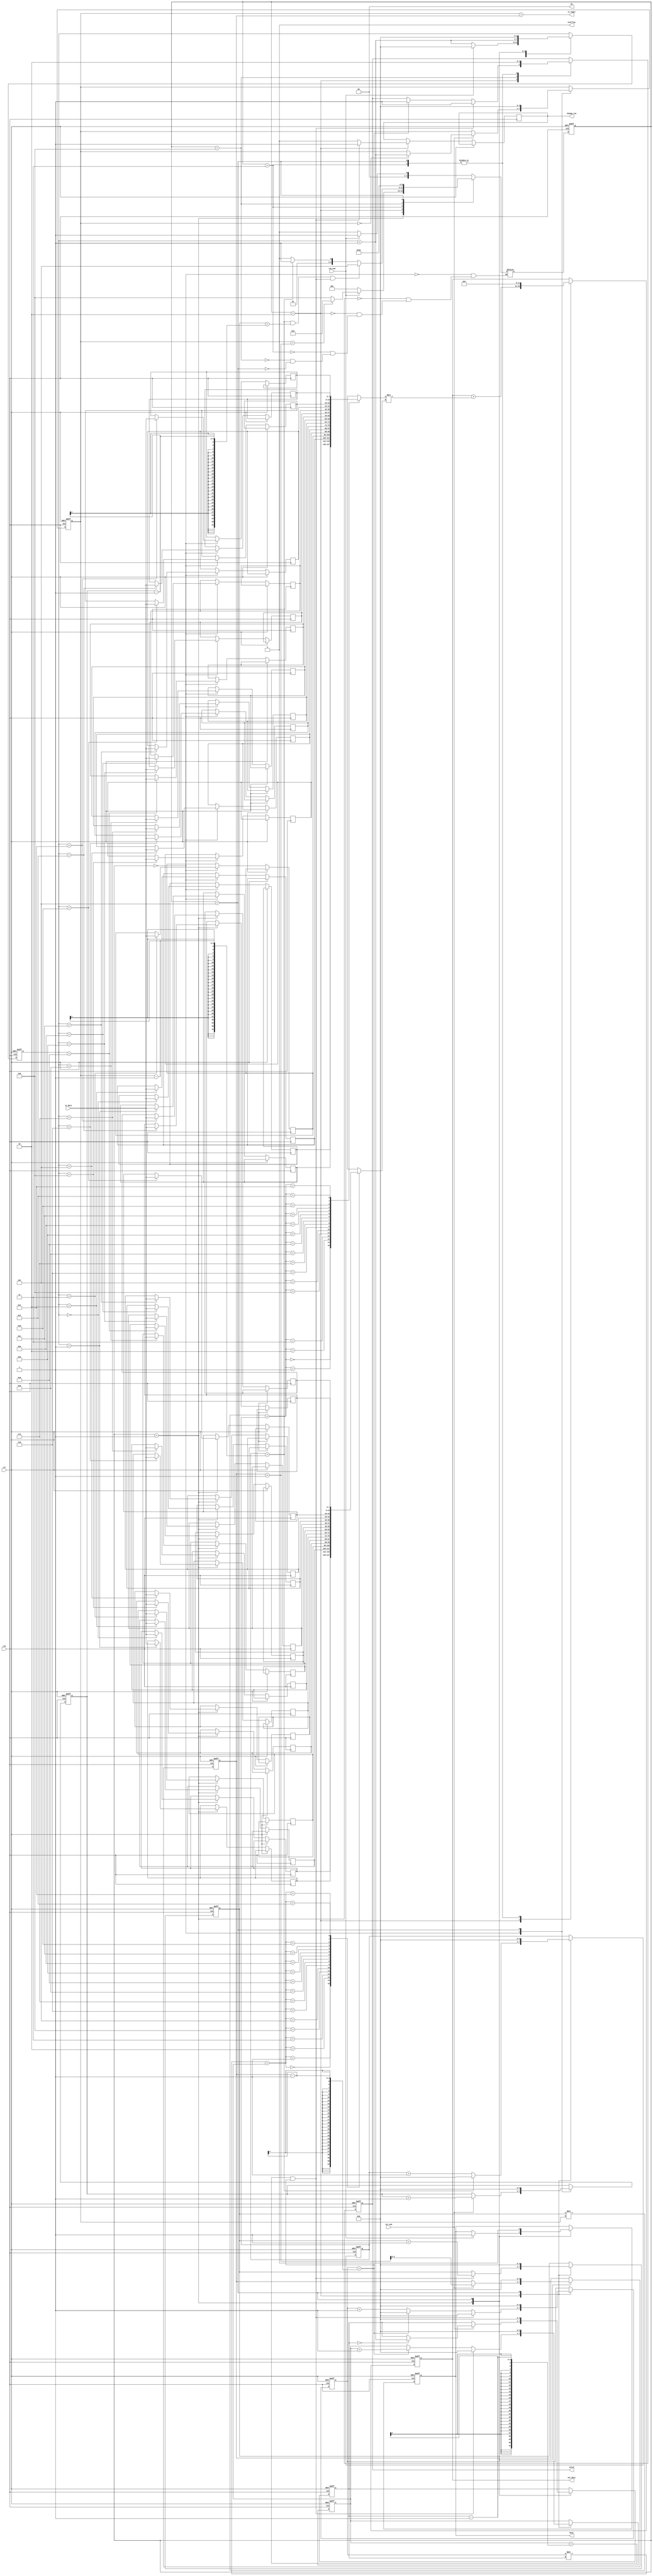
`timescale 1ns/10ps
module MM( in_data, col_end, row_end, is_legal, out_data, rst, clk , change_row,valid,busy,ep,overflow);
input           clk;
input           rst;
input           col_end;
input           row_end;
input      [7:0]     in_data;
output reg signed [11:0]   out_data;
output is_legal;
output reg change_row,valid,busy;
output wire [1:0] ep;
output wire overflow;
reg signed [7:0] mx1[15:0],mx2[15:0];
reg [3:0] mx1_row,mx2_row,mx1_col,mx2_col,cnt,mx1_col_cnt,mx1_row_cnt,mx2_col_cnt,mx2_row_cnt;
reg [2:0] cur,nxt;
assign is_legal = (mx1_col == mx2_row);
assign ep = 2'b0;
assign overflow = 1'b0;
wire signed [15:0] temp_sum = mx1[mx1_row_cnt * mx1_col + mx1_col_cnt] * mx2[mx2_row_cnt * mx2_col + mx2_col_cnt];
parameter 
load_mx1 = 0,
load_mx2 = 1,
calculate = 2,
hold = 3,
not_legal = 4,
finish = 5;
always @(*) begin
    case(cur)
        load_mx1:nxt = (row_end)?load_mx2:load_mx1;
        load_mx2:nxt = (row_end)?(mx1_col == mx2_row + 1)?calculate:not_legal:load_mx2;
        calculate:nxt = ((mx1_col_cnt == mx1_col-1 && mx1_row_cnt == mx1_row-1) &&(mx2_col_cnt == mx2_col-1 && mx2_row_cnt == mx2_row-1))?finish:(mx1_col_cnt == mx1_col - 1)?hold:calculate;
        hold:nxt = calculate;
        not_legal:nxt = finish;
        finish:nxt = load_mx1;
    endcase
end
always @(posedge clk or posedge rst) begin
    if(rst)begin
        cur <= load_mx1;
        mx1_row <= 0;
        mx2_row <= 0;
        mx1_col <= 0;
        mx2_col <= 0;
        cnt <= 0;
        mx1_row_cnt <= 0;
        mx1_col_cnt <= 0;
        mx2_row_cnt <= 0;
        mx2_col_cnt <= 0;
        out_data <= 0;
        valid <= 0;
        busy <= 0;
    end
    else begin
        cur <= nxt;
        case (cur)
            load_mx1:begin
                cnt <= cnt + 1;
                mx1[cnt] <= in_data;
                if(col_end)begin
                    if(mx1_col == 0)mx1_col <= cnt + 1;
                    mx1_row <= mx1_row + 1;
                end
                if(row_end)cnt <= 0;
            end
            load_mx2:begin
                cnt <= cnt + 1;
                mx2[cnt] <= in_data;
                if(col_end)begin
                    if(mx2_col == 0)mx2_col <= cnt + 1;
                    mx2_row <= mx2_row + 1;
                end
                if(row_end)busy <= 1;
            end 
            calculate:begin
                out_data <= out_data + temp_sum;
                if(mx2_col_cnt == mx2_col-1 && mx2_row_cnt == mx2_row-1)change_row <= 1;
                else change_row <= 0;

                if(mx2_row_cnt == mx2_row -1 && mx2_col_cnt == mx2_col -1)begin //mx1 row calculate finish
                    mx2_row_cnt <= 0;
                    mx2_col_cnt <= 0;
                    mx1_row_cnt <= mx1_row_cnt + 1;
                    valid = 1;
                end
                else if(mx2_row_cnt == mx2_row -1)begin //mx2 col change
                    mx2_col_cnt <= mx2_col_cnt + 1;
                    mx2_row_cnt <= 0;
                    valid = 1;
                end
                else begin //mx2 col calculate
                    mx2_row_cnt <= mx2_row_cnt + 1;
                end

                if(mx1_col_cnt == mx1_col -1)begin //mx1 col change
                    mx1_col_cnt <= 0;
                end
                else mx1_col_cnt <= mx1_col_cnt + 1;
            end
            hold:begin //mx1 row calculate reset(after output cycle)
                out_data <= 0;
                valid <= 0;
            end
            not_legal:begin
                valid <= 1;
            end
            finish:begin
                valid <= 0;
                mx1_row <= 0;
                mx2_row <= 0;
                mx1_col <= 0;
                mx2_col <= 0;
                cnt <= 0;
                mx1_row_cnt <= 0;
                mx1_col_cnt <= 0;
                mx2_row_cnt <= 0;
                mx2_col_cnt <= 0;
                out_data <= 0;
                busy <= 0;
            end
        endcase
    end
end
endmodule